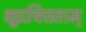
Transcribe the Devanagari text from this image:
क्षुद्रचित्तताम्